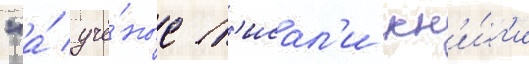
"а́ учё́ные п'исал'и кн'и́г'и